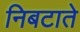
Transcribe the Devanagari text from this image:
निबटाते